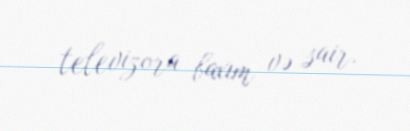
televizora baxım və sair.